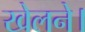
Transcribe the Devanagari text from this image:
खेलने।